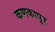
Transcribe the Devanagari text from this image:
कणकापूर